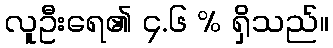
လူဦးရေ၏ ၄.၆ % ရှိသည်။